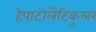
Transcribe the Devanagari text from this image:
हेपाटोलेंटिकुलर